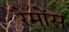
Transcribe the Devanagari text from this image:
रैमोंस